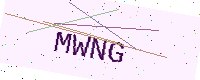
Text: MWNG